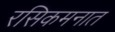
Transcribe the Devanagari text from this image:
रसिकमनात